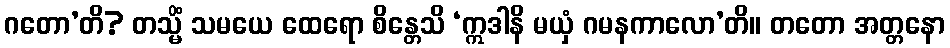
ဂတော’တိ? တသ္မိံ သမယေ ထေရော စိန္တေသိ ‘ဣဒါနိ မယှံ ဂမနကာလော’တိ။ တတော အတ္တနော